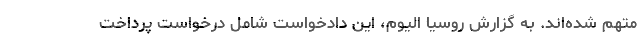
متهم شده‌اند. به گزارش روسیا الیوم، این دادخواست شامل درخواست پرداخت